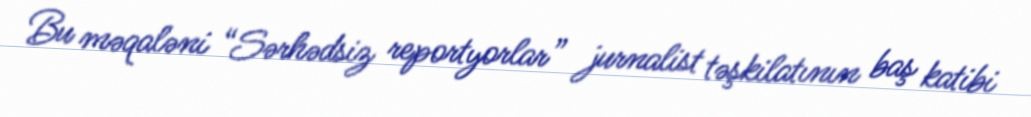
Bu məqaləni “Sərhədsiz reportyorlar” jurnalist təşkilatının baş katibi